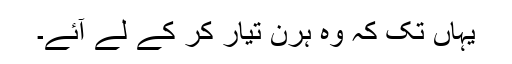
یہاں تک کہ وہ ہرن تیار کر کے لے آئے۔